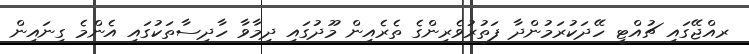
ރއްޖޭގައި ޗުއްޓީ ހޭދަކުރަމުންދާ ފަތުރުވެރިންގެ ތެރެއިން މޫދުގައި ދިމާވާ ހާދިސާތަކުގައި އެންމެ ގިނައިން